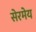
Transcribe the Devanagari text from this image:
सेरमेय